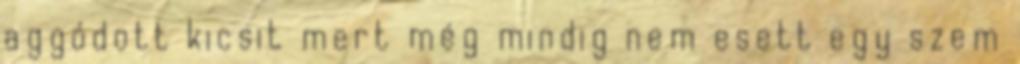
aggódott kicsit mert még mindig nem esett egy szem